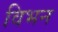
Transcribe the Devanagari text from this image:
विभन